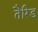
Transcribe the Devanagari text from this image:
तैरिड